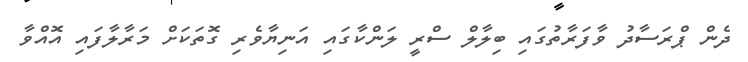
ދެން ޕްރަސާދު ވާފަރާތުގައި ބިލާލް ސްރީ ލަންކާގައި އަނިޔާވެރި ގޮތަކަށް މަރާލާފައި އޮއްވާ